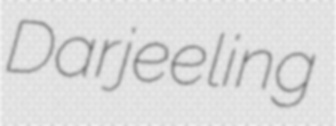
Darjeeling